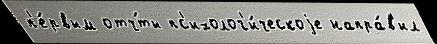
п'е́рвым отч́ты пс'ихолог'и́ческоjе напра́в'ил